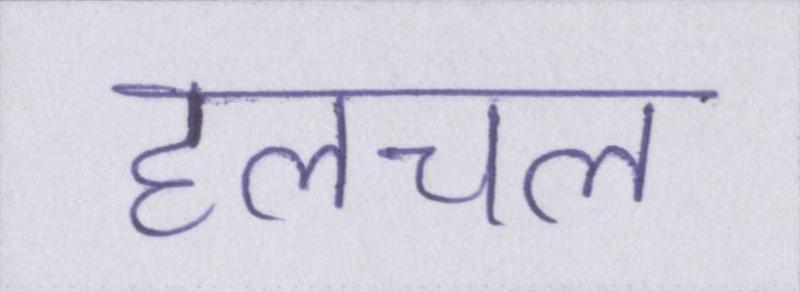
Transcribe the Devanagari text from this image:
हलचल